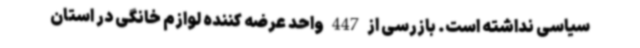
سیاسی نداشته است. بازرسی از 447 واحد عرضه کننده لوازم خانگی در استان